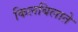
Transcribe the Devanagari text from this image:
किलबिलाते